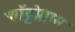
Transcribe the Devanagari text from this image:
चॉट्टोग्राम